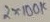
Text: 2X100K